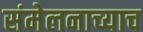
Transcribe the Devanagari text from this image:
संमेलनाच्याच